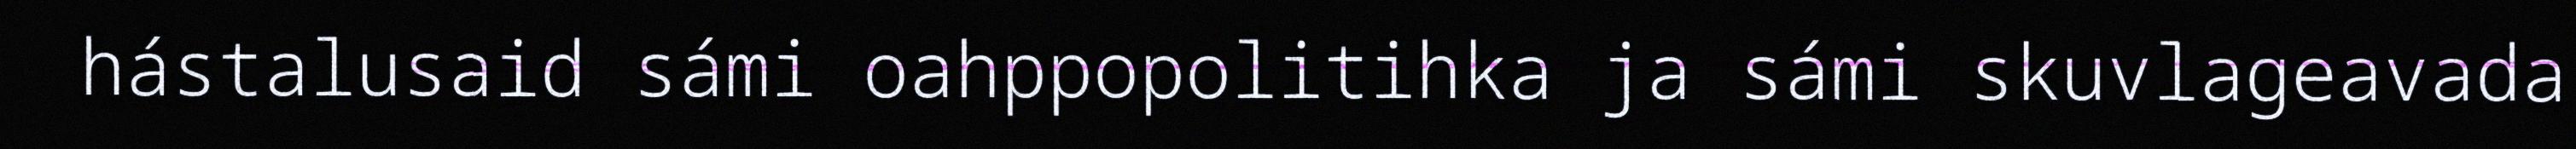
hástalusaid sámi oahppopolitihka ja sámi skuvlageavada